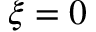
\xi = 0